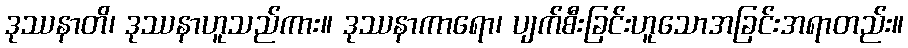
ဒုဿနာတိ၊ ဒုဿနာဟူသည်ကား။ ဒုဿနာကာရော၊ ပျက်စီးခြင်းဟူသောအခြင်းအရာတည်း။